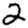
Digit: 2